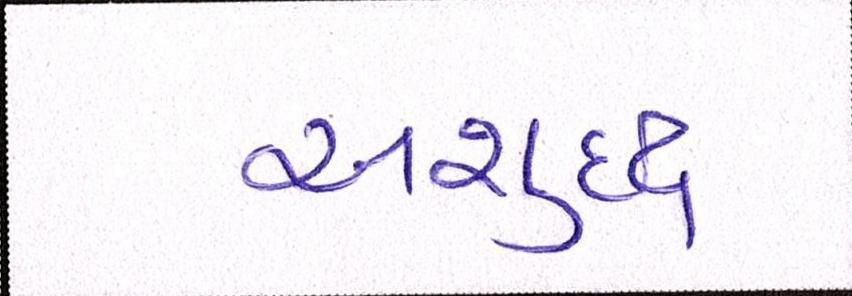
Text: અશુદ્ધ